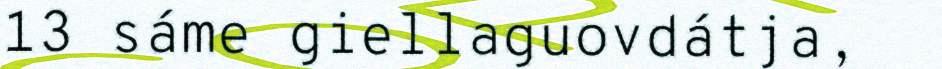
13 sáme giellaguovdátja,